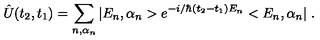
\hat { U } ( t _ { 2 } , t _ { 1 } ) = \sum _ { n , \alpha _ { n } } | E _ { n } , \alpha _ { n } > e ^ { - i / \hbar ( t _ { 2 } - t _ { 1 } ) E _ { n } } < E _ { n } , \alpha _ { n } | \ .